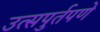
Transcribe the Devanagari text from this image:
उत्सपुर्तपणे